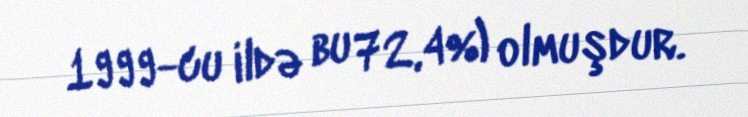
1999-cu ildə bu 72,4%) olmuşdur.